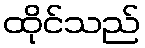
ထိုင်သည်